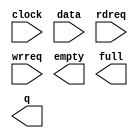
// megafunction wizard: %LPM_FIFO+%VBB%
// GENERATION: STANDARD
// VERSION: WM1.0
// MODULE: scfifo 

// ============================================================
// Megafunction Name(s):
// 			scfifo
// ============================================================
// ************************************************************
// THIS IS A WIZARD-GENERATED FILE. DO NOT EDIT THIS FILE!
//
// 6.0 Build 202 06/20/2006 SP 1 SJ Web Edition
// ************************************************************

//Copyright (C) 1991-2006 Altera Corporation
//Your use of Altera Corporation's design tools, logic functions 
//and other software and tools, and its AMPP partner logic 
//functions, and any output files any of the foregoing 
//(including device programming or simulation files), and any 
//associated documentation or information are expressly subject 
//to the terms and conditions of the Altera Program License 
//Subscription Agreement, Altera MegaCore Function License 
//Agreement, or other applicable license agreement, including, 
//without limitation, that your use is for the sole purpose of 
//programming logic devices manufactured by Altera and sold by 
//Altera or its authorized distributors.  Please refer to the 
//applicable agreement for further details.

module dcfifo3 (
	clock,
	data,
	rdreq,
	wrreq,
	empty,
	full,
	q);

	input	  clock;
	input	[7:0]  data;
	input	  rdreq;
	input	  wrreq;
	output	  empty;
	output	  full;
	output	[7:0]  q;

endmodule

// ============================================================
// CNX file retrieval info
// ============================================================
// Retrieval info: PRIVATE: AlmostEmpty NUMERIC "0"
// Retrieval info: PRIVATE: AlmostEmptyThr NUMERIC "-1"
// Retrieval info: PRIVATE: AlmostFull NUMERIC "0"
// Retrieval info: PRIVATE: AlmostFullThr NUMERIC "-1"
// Retrieval info: PRIVATE: CLOCKS_ARE_SYNCHRONIZED NUMERIC "0"
// Retrieval info: PRIVATE: Clock NUMERIC "0"
// Retrieval info: PRIVATE: Depth NUMERIC "4096"
// Retrieval info: PRIVATE: Empty NUMERIC "1"
// Retrieval info: PRIVATE: Full NUMERIC "1"
// Retrieval info: PRIVATE: INTENDED_DEVICE_FAMILY STRING "Cyclone II"
// Retrieval info: PRIVATE: LE_BasedFIFO NUMERIC "0"
// Retrieval info: PRIVATE: LegacyRREQ NUMERIC "0"
// Retrieval info: PRIVATE: MAX_DEPTH_BY_9 NUMERIC "0"
// Retrieval info: PRIVATE: OVERFLOW_CHECKING NUMERIC "0"
// Retrieval info: PRIVATE: Optimize NUMERIC "1"
// Retrieval info: PRIVATE: RAM_BLOCK_TYPE NUMERIC "0"
// Retrieval info: PRIVATE: UNDERFLOW_CHECKING NUMERIC "0"
// Retrieval info: PRIVATE: UsedW NUMERIC "0"
// Retrieval info: PRIVATE: Width NUMERIC "8"
// Retrieval info: PRIVATE: dc_aclr NUMERIC "0"
// Retrieval info: PRIVATE: rsEmpty NUMERIC "1"
// Retrieval info: PRIVATE: rsFull NUMERIC "0"
// Retrieval info: PRIVATE: rsUsedW NUMERIC "0"
// Retrieval info: PRIVATE: sc_aclr NUMERIC "0"
// Retrieval info: PRIVATE: sc_sclr NUMERIC "0"
// Retrieval info: PRIVATE: wsEmpty NUMERIC "0"
// Retrieval info: PRIVATE: wsFull NUMERIC "1"
// Retrieval info: PRIVATE: wsUsedW NUMERIC "0"
// Retrieval info: CONSTANT: ADD_RAM_OUTPUT_REGISTER STRING "ON"
// Retrieval info: CONSTANT: INTENDED_DEVICE_FAMILY STRING "Cyclone II"
// Retrieval info: CONSTANT: LPM_NUMWORDS NUMERIC "4096"
// Retrieval info: CONSTANT: LPM_SHOWAHEAD STRING "ON"
// Retrieval info: CONSTANT: LPM_TYPE STRING "scfifo"
// Retrieval info: CONSTANT: LPM_WIDTH NUMERIC "8"
// Retrieval info: CONSTANT: LPM_WIDTHU NUMERIC "12"
// Retrieval info: CONSTANT: OVERFLOW_CHECKING STRING "ON"
// Retrieval info: CONSTANT: UNDERFLOW_CHECKING STRING "ON"
// Retrieval info: CONSTANT: USE_EAB STRING "ON"
// Retrieval info: USED_PORT: clock 0 0 0 0 INPUT NODEFVAL clock
// Retrieval info: USED_PORT: data 0 0 8 0 INPUT NODEFVAL data[7..0]
// Retrieval info: USED_PORT: empty 0 0 0 0 OUTPUT NODEFVAL empty
// Retrieval info: USED_PORT: full 0 0 0 0 OUTPUT NODEFVAL full
// Retrieval info: USED_PORT: q 0 0 8 0 OUTPUT NODEFVAL q[7..0]
// Retrieval info: USED_PORT: rdreq 0 0 0 0 INPUT NODEFVAL rdreq
// Retrieval info: USED_PORT: wrreq 0 0 0 0 INPUT NODEFVAL wrreq
// Retrieval info: CONNECT: @data 0 0 8 0 data 0 0 8 0
// Retrieval info: CONNECT: q 0 0 8 0 @q 0 0 8 0
// Retrieval info: CONNECT: @wrreq 0 0 0 0 wrreq 0 0 0 0
// Retrieval info: CONNECT: @rdreq 0 0 0 0 rdreq 0 0 0 0
// Retrieval info: CONNECT: @clock 0 0 0 0 clock 0 0 0 0
// Retrieval info: CONNECT: full 0 0 0 0 @full 0 0 0 0
// Retrieval info: CONNECT: empty 0 0 0 0 @empty 0 0 0 0
// Retrieval info: LIBRARY: altera_mf altera_mf.altera_mf_components.all
// Retrieval info: GEN_FILE: TYPE_NORMAL dcfifo3.v TRUE
// Retrieval info: GEN_FILE: TYPE_NORMAL dcfifo3.inc FALSE
// Retrieval info: GEN_FILE: TYPE_NORMAL dcfifo3.cmp FALSE
// Retrieval info: GEN_FILE: TYPE_NORMAL dcfifo3.bsf TRUE FALSE
// Retrieval info: GEN_FILE: TYPE_NORMAL dcfifo3_inst.v FALSE
// Retrieval info: GEN_FILE: TYPE_NORMAL dcfifo3_bb.v TRUE
// Retrieval info: GEN_FILE: TYPE_NORMAL dcfifo3_waveforms.html TRUE
// Retrieval info: GEN_FILE: TYPE_NORMAL dcfifo3_wave*.jpg FALSE